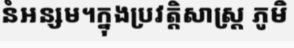
នំអន្សម។ក្នុងប្រវត្តិសាស្ត្រ ភូមិ